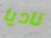
ناديا